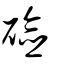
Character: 硷